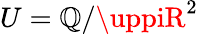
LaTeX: U=\mathbb{Q}/\uppiR^{2}